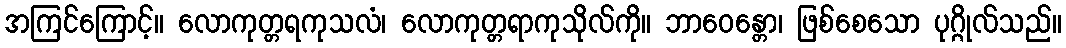
အကြင်ကြောင့်။ လောကုတ္တရကုသလံ၊ လောကုတ္တရာကုသိုလ်ကို။ ဘာဝေန္တော၊ ဖြစ်စေသော ပုဂ္ဂိုလ်သည်။